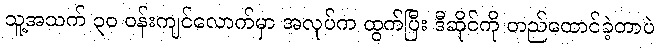
သူ့အသက် ၃၀ ဝန်းကျင်လောက်မှာ အလုပ်က ထွက်ပြီး ဒီဆိုင်ကို တည်ထောင်ခဲ့တာပဲ